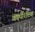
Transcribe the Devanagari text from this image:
कॅम्पॅरिटिव्ह